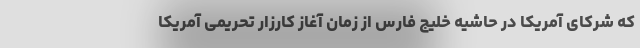
که شرکای آمریکا در حاشیه خلیج فارس از زمان آغاز کارزار تحریمی آمریکا